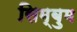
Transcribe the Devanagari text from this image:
सिम्बुम